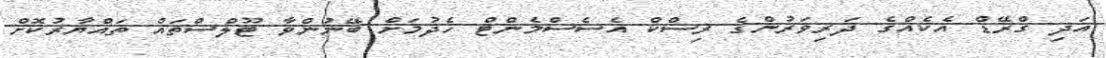
އަދި ގްރޭޑް އެކެއްގެ ދަރިވަރުންގެ ރިސްކް އެސެސްމެންޓް ހެދުމަށް ބޭނުންވާ ޓޫލްސްތައް ތައްޔާރުކޮށް